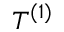
T ^ { ( 1 ) }